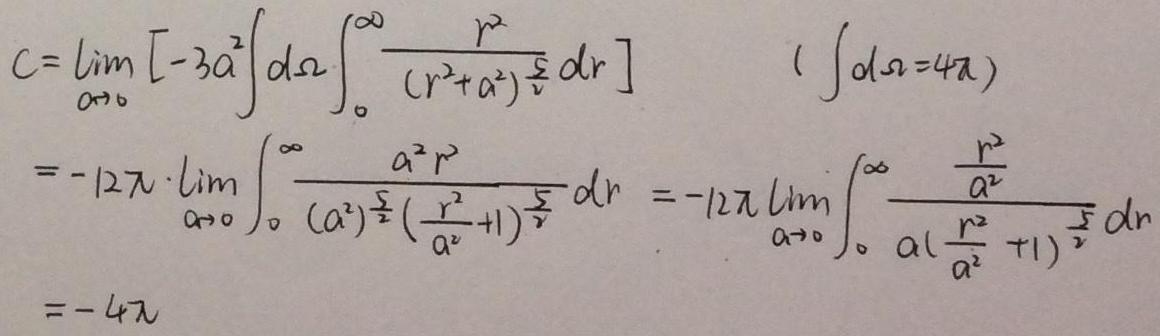
\[
\begin{align*}
C&=\lim_{a\to0}\left[-3a^{2}\int d\Omega\int_{0}^{\infty}\frac{r^{2}}{(r^{2}+a^{2})^{\frac{5}{2}}}dr\right]\quad\left(\int d\Omega = 4\pi\right)\\
&=- 12\pi\cdot\lim_{a\to0}\int_{0}^{\infty}\frac{a^{2}r^{2}}{(a^{2})^{\frac{5}{2}}\left(\frac{r^{2}}{a^{2}} + 1\right)^{\frac{5}{2}}}dr=-12\pi\lim_{a\to0}\int_{0}^{\infty}\frac{\frac{r^{2}}{a^{2}}}{a\left(\frac{r^{2}}{a^{2}}+1\right)^{\frac{5}{2}}}dr\\
&=-4\pi
\end{align*}
\]